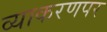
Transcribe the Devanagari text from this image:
व्याकरणपर